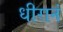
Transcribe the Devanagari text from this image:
धीरानं